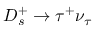
D _ { s } ^ { + } \to \tau ^ { + } \nu _ { \tau }